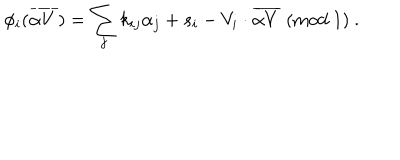
\phi _ { i } ( { \overline { { { \alpha V } } } } ) = \sum _ { j } k _ { i j } \alpha _ { j } + s _ { i } - V _ { i } \cdot { \overline { { { \alpha V } } } } ~ ( \mathrm { m o d } ~ 1 ) ~ .